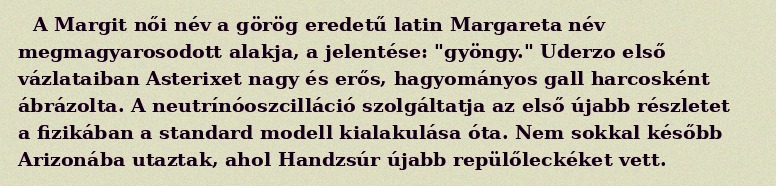
A Margit női név a görög eredetű latin Margareta név megmagyarosodott alakja, a jelentése: "gyöngy." Uderzo első vázlataiban Asterixet nagy és erős, hagyományos gall harcosként ábrázolta. A neutrínóoszcilláció szolgáltatja az első újabb részletet a fizikában a standard modell kialakulása óta. Nem sokkal később Arizonába utaztak, ahol Handzsúr újabb repülőleckéket vett.